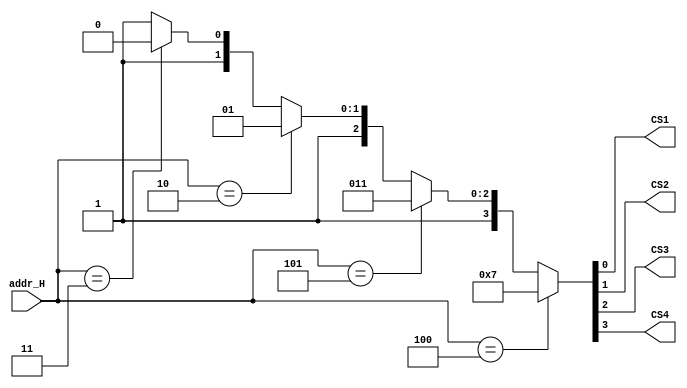
// Use case statement to build decode circuit without prior

`timescale 1ns/1ps
module if_single_decode (addr_H, CS1, CS2, CS3, CS4);
input  [2:0] addr_H;
output       CS1, CS2, CS3, CS4;
reg    [3:0] CS_bus;

parameter CHIP1 = 3'b100,
          CHIP2 = 3'b101,
          CHIP3 = 3'b010,
          CHIP4 = 3'b011;

     always @ (addr_H)
              if (addr_H == CHIP1)
                  CS_bus = 4'b0111;
              else if (addr_H == CHIP2)
                  CS_bus = 4'b1011;
              else if (addr_H == CHIP3)
                  CS_bus = 4'b1101;
              else if (addr_H == CHIP4)
                  CS_bus = 4'b1110;
              else
                  CS_bus = 4'b1111;
                                
assign CS4 = CS_bus [3];
assign CS3 = CS_bus [2];
assign CS2 = CS_bus [1];
assign CS1 = CS_bus [0];

endmodule